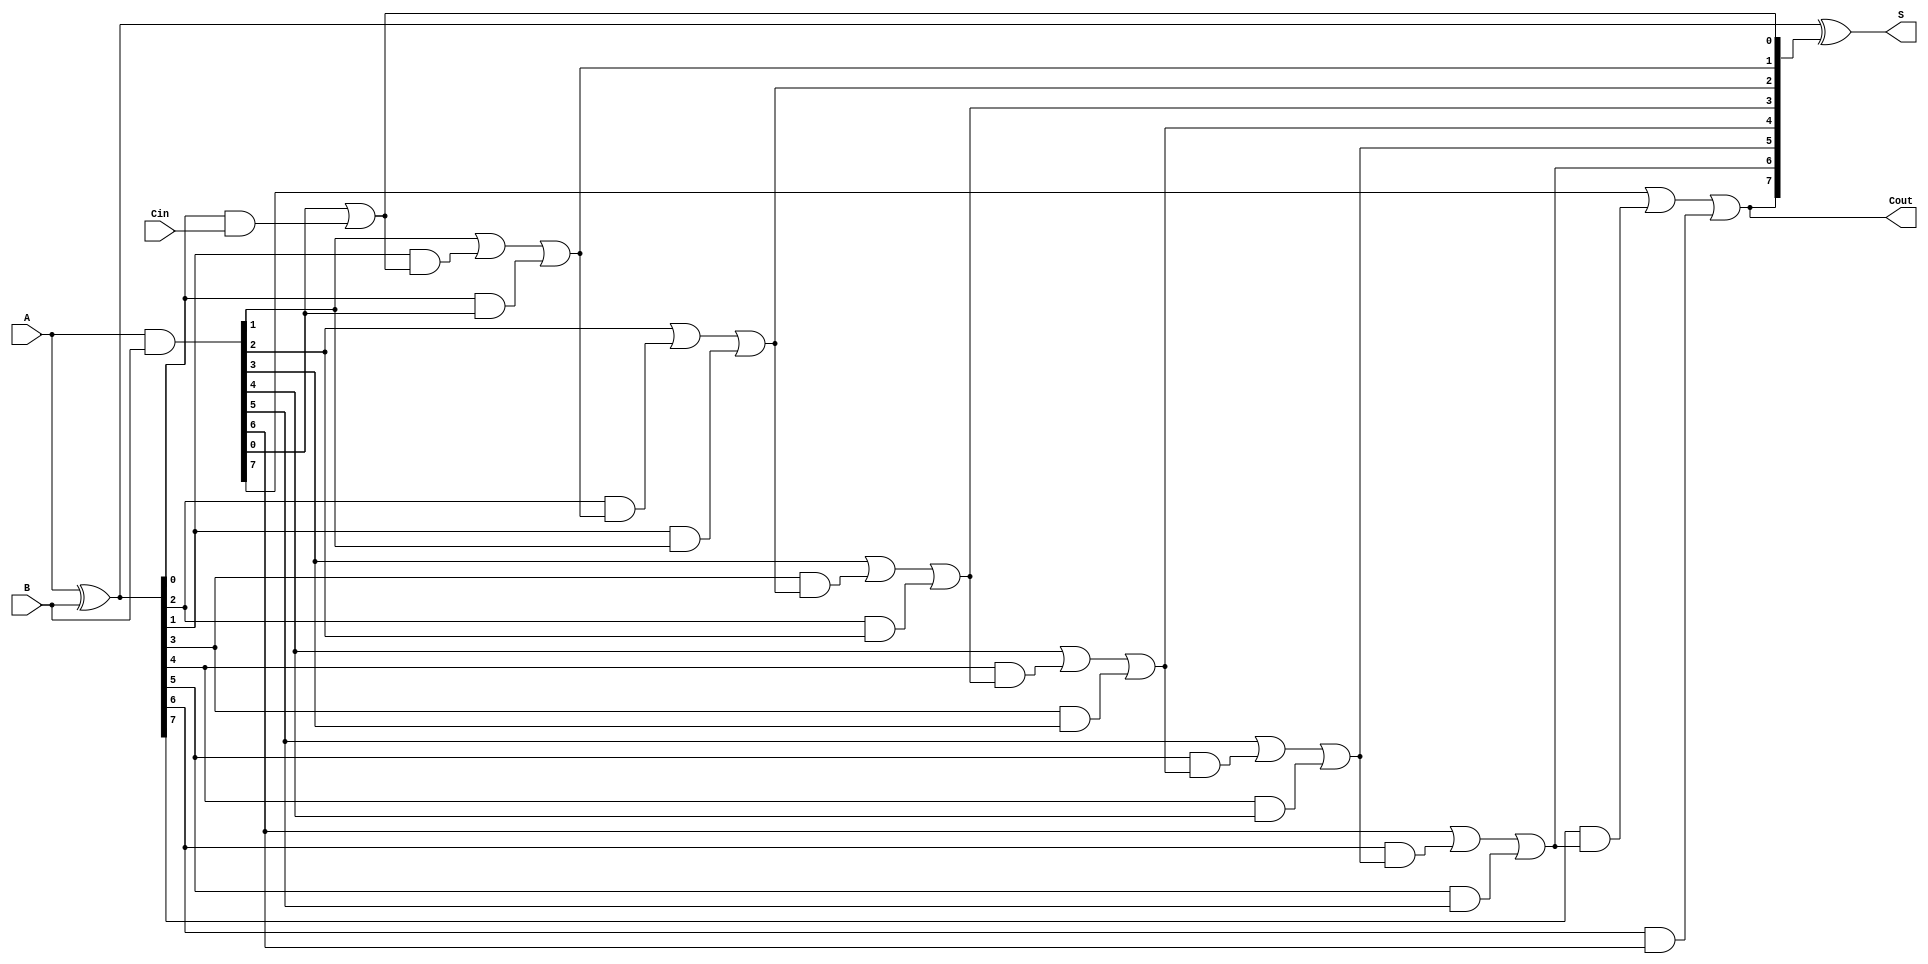
module parallel_prefix_adder #(
    parameter N = 8  // Width of the input numbers
)(
    input  [N-1:0] A,    // First input number
    input  [N-1:0] B,    // Second input number
    input          Cin,   // Carry-in
    output [N-1:0] S,    // Sum output
    output         Cout    // Carry-out output
);

    wire [N-1:0] G;      // Generate signals
    wire [N-1:0] P;      // Propagate signals
    wire [N:0] C;        // Carry signals

    // Generate and propagate signals
    assign G = A & B;          // G[i] = A[i] & B[i]
    assign P = A ^ B;          // P[i] = A[i] ^ B[i]
    
    // Carry signals initialization
    assign C[0] = Cin;         // C[0] = Cin

    // Kogge-Stone carry computation
    genvar i;
    generate
        for (i = 0; i < N; i = i + 1) begin: prefix_tree
            if (i == 0) begin
                // First level of carry computation
                assign C[i+1] = G[i] | (P[i] & C[i]);
            end else begin
                // Subsequent levels of carry computation
                assign C[i+1] = G[i] | (P[i] & C[i]) | (P[i-1] & G[i-1]);
            end
        end
    endgenerate

    // Sum calculation
    assign S = P ^ C[N:1]; // S[i] = P[i] ^ C[i-1]

    // Final carry-out
    assign Cout = C[N];

endmodule